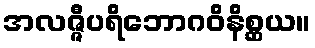
အလဇ္ဇီပရိဘောဂဝိနိစ္ဆယ။